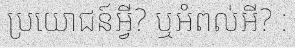
ប្រយោជន៍អ្វី? ឬអំពល់អី? :